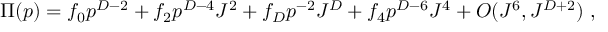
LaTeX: \Pi ( p ) = f _ { 0 } p ^ { D - 2 } + f _ { 2 } p ^ { D - 4 } J ^ { 2 } + f _ { D } p ^ { - 2 } J ^ { D } + f _ { 4 } p ^ { D - 6 } J ^ { 4 } + O ( J ^ { 6 } , J ^ { D + 2 } ) \ ,